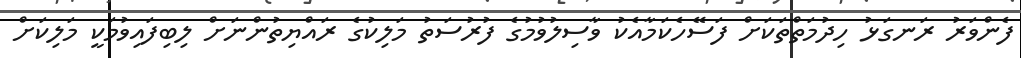
ފެންވަރު ރަނގަޅު ހިދުމަތްތަކަށް ފަސޭހެކަމާއެކު ވާސިލުވުމުގެ ފުރުސަތު މަލިކުގެ ރައްޔިތުންނަށް ލިބިފައިވުމަކީ މަލިކަށް